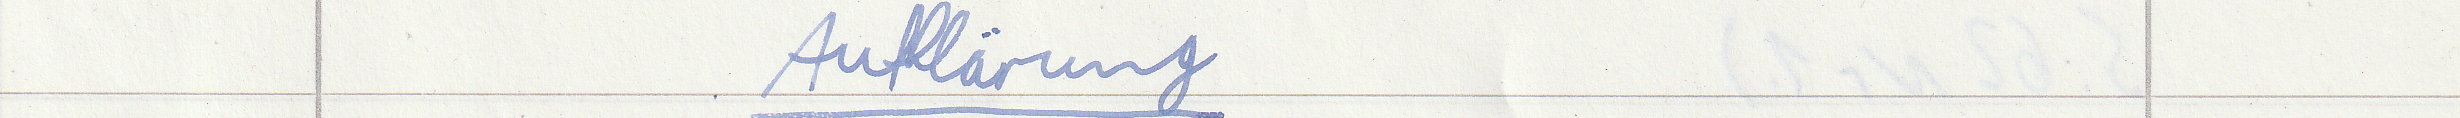
Aufklärung